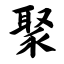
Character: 聚